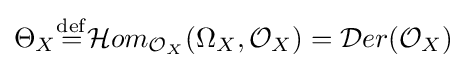
\Theta _{X}{\overset {\mathrm {def} }{=}}{\mathcal {H}}om_{{\mathcal {O}}_{X}}(\Omega _{X},{\mathcal {O}}_{X})={\mathcal {D}}er({\mathcal {O}}_{X})